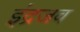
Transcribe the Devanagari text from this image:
इंद्रजव